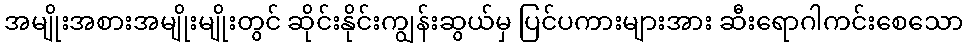
အမျိုးအစားအမျိုးမျိုးတွင် ဆိုင်းနိုင်းကျွန်းဆွယ်မှ ပြင်ပကားများအား ဆီးရောဂါကင်းစေသော